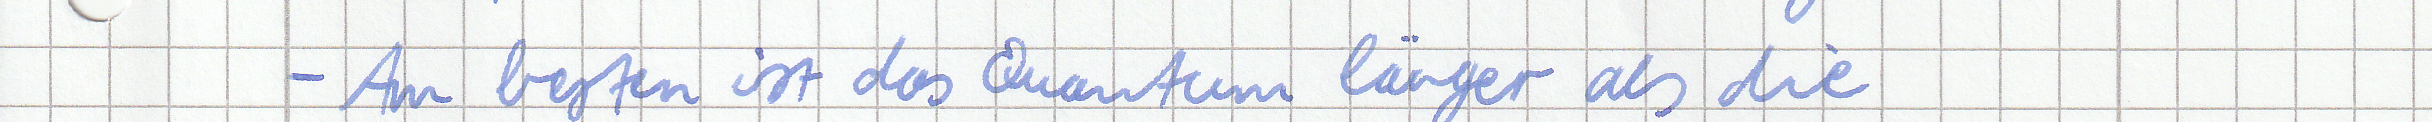
- Am besten ist das Quantum länger als die